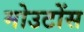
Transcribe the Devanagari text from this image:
मोउटोंस